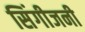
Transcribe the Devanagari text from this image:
सिंगीजनी